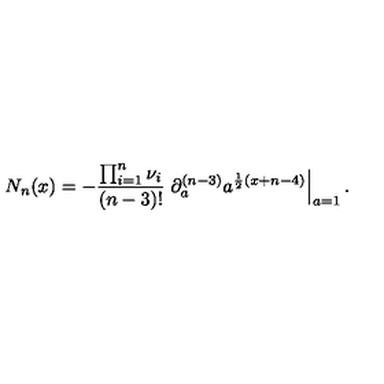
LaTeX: N _ { n } ( x ) = - \frac { \prod _ { i = 1 } ^ { n } \nu _ { i } } { ( n - 3 ) ! } \left. \partial _ { a } ^ { ( n - 3 ) } a ^ { \frac { 1 } { 2 } ( x + n - 4 ) } \right| _ { a = 1 } .